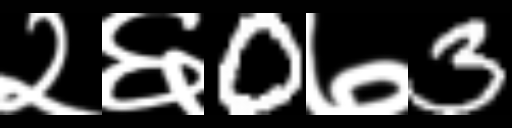
Text: २६0७3